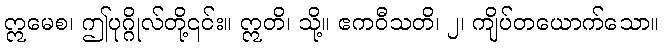
ဣမေစ၊ ဤပုဂ္ဂိုလ်တို့၎င်း။ ဣတိ၊ သို့။ ဧကဝီသတိ၊ ၂၊ ကျိပ်တယောက်သော။